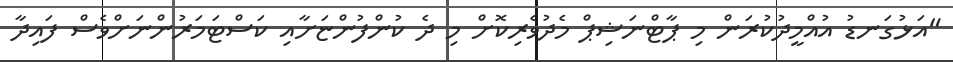
"އަޅުގަނޑު އުއްމީދުކުރަން މި ޕާޓްނަޝިޕް މެދުވެރިކޮށް މި ދެ ކުންފުންޏަށާއި ކަސްޓަމަރުންނަށްވެސް ފައިދާ